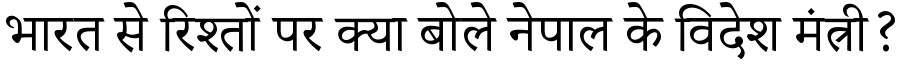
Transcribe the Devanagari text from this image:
भारत से रिश्तों पर क्या बोले नेपाल के विदेश मंत्री?